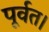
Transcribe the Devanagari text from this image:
पूर्वत।